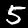
Label: 5